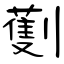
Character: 劐